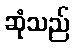
ဆုံသည်